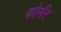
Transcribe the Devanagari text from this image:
कोर्सैर